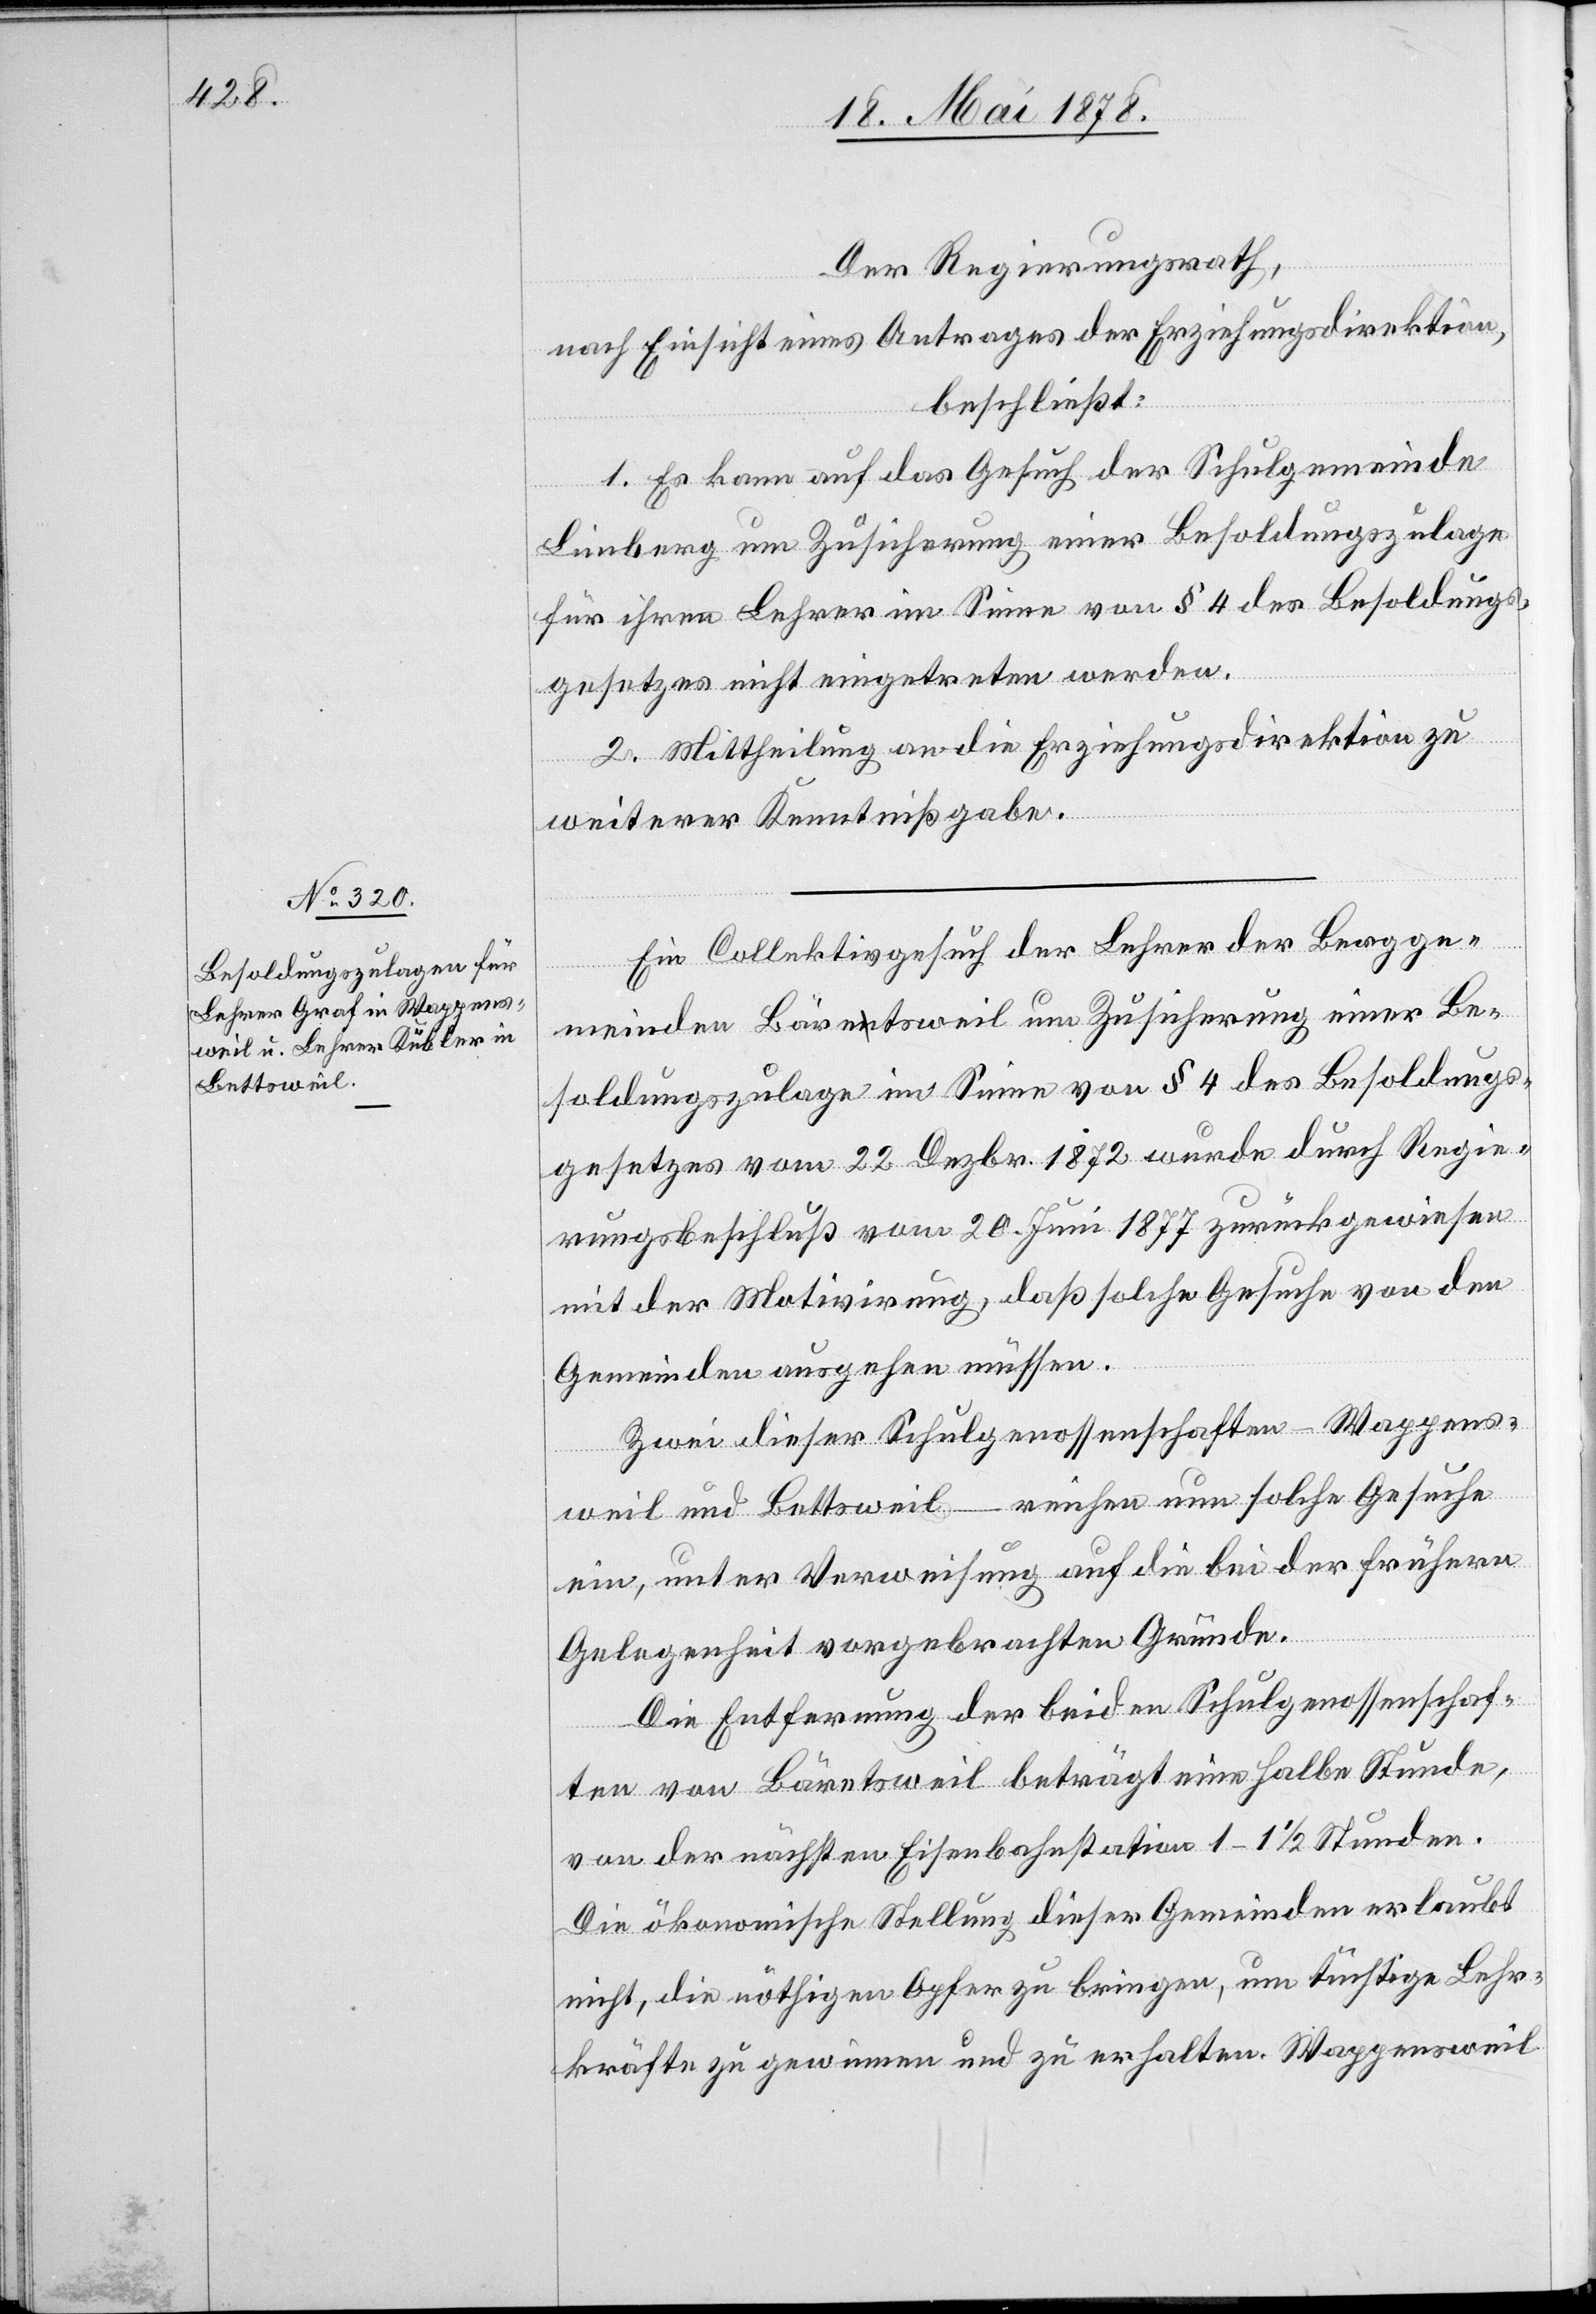
Der Regierungsrath,
nach Einsicht eines Antrages der Erziehungsdirektion,
beschließt:
1. Es kann auf das Gesuch der Schulgemeinde
Limberg um Zusicherung einer Besoldungszulage
für ihren Lehrer im Sinne von § 4 des Besoldungs¬
gesetzes nicht eingetreten werden.
2. Mittheilung an die Erziehungsdirektion zu
weiterer Kenntnißgabe.
Ein Collektivgesuch der Lehrer der Bergge¬
meinden Bäretsweil um Zusicherung einer Be¬
soldungszulage im Sinne von § 4 des Besoldungs¬
gesetzes vom 22. Dezbr. 1872 wurde durch Regie¬
rungsbeschluß vom 20. Juni 1877 zurückgewiesen
mit der Motivirung, daß solche Gesuche von den
Gemeinden ausgehen müssen.
Zwei dieser Schulgenossenschaften – Wappens¬
weil und Bettsweil – reichen nun solche Gesuche
ein, unter Verweisung auf die bei der frühern
Gelegenheit vorgebrachten Gründe.
Die Entfernung der beiden Schulgenossenschaf¬
ten von Bäretsweil beträgt eine halbe Stunde,
von der nächsten Eisenbahnstation 1–1 1/2 Stunden.
Die ökonomische Stellung dieser Gemeinden erlaubt
nicht, die nöthigen Opfer zu bringen, um tüchtige Lehr¬
kräfte zu gewinnen und zu erhalten. Wappensweil